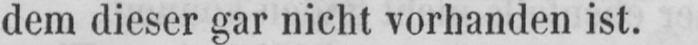
dem dieser gar nicht vorhanden ist.